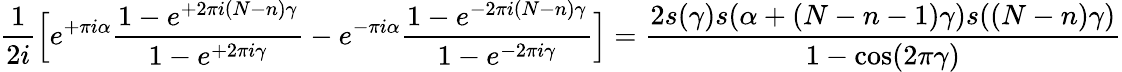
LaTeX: \frac{1}{2i}\Big[e^{+\pi i\alpha}\frac{1-e^{+2\pi i(N-n)\gamma}}{1-e^{+2\pi i\gamma}}-e^{-\pi i\alpha}\frac{1-e^{-2\pi i(N-n)\gamma}}{1-e^{-2\pi i\gamma}}\Big]=\frac{2s(\gamma)s(\alpha+(N-n-1)\gamma)s((N-n)\gamma)}{1-\cos(2\pi\gamma)}